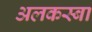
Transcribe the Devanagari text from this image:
अलकस्बा